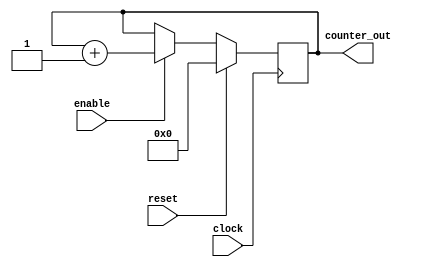
module counter_4bit(
    input clock,
    input reset,
    input enable,
    output [3:0] counter_out
);
reg [3:0] counter_out;
//reg [3:0] count;

always @(posedge clock)
begin:COUNTER
    if(reset) begin
         counter_out <= 4'b0000;
    end
    else if (enable) begin
        counter_out <= counter_out + 1;
    end
    // counter_out <= count;

end
   
endmodule